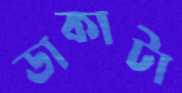
ডাকাটা